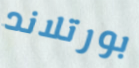
بورتلاند